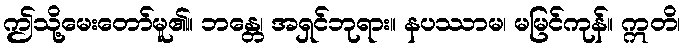
ဤသို့မေးတော်မူ၏။ ဘန္တေ၊ အရှင်ဘုရား။ နပဿာမ၊ မမြင်ကုန်။ ဣတိ၊